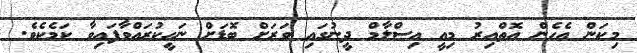
މިކަން އެހެން އޮތްއިރު މިއީ އިސްލާމް ދީނުގައި ވަރަށް ބޮޑަށް ނަހީކުރައްވާފައިވާ ކަމެކެވެ.